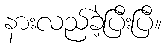
နားလည်ခဲ့ပြီးပြီ။